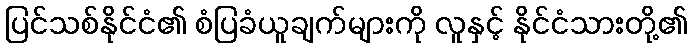
ပြင်သစ်နိုင်ငံ၏ စံပြခံယူချက်များကို လူနှင့် နိုင်ငံသားတို့၏